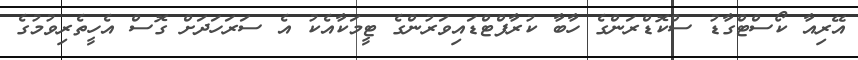
އޭރިއާ ކޯސްޓްގާޑު ސްކޮޑްރަންގެ ހާބާ ކުރާފްޓްޑައިވަރުންގެ ޓީމަކާއެކު އެ ސަރަހަދަށް ގޮސް އެހީތެރިވުމުގެ